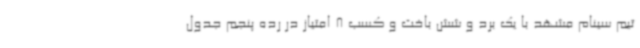
تیم سینام مشهد با یک برد و شش باخت و کسب 8 امتیاز در رده پنجم جدول